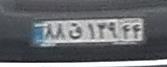
۸۸ق۱۳۹۴۴